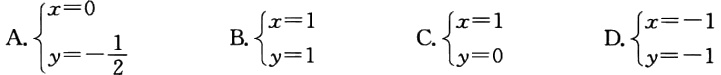
A.$\begin{cases}x = 0\\y=-\frac{1}{2}\end{cases}$ B.$\begin{cases}x = 1\\y = 1\end{cases}$ C.$\begin{cases}x = 1\\y = 0\end{cases}$ D.$\begin{cases}x = -1\\y = -1\end{cases}$